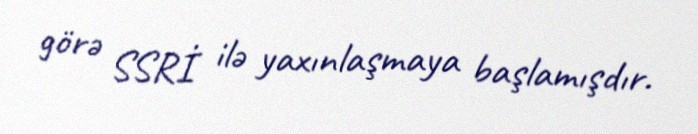
görə SSRİ ilə yaxınlaşmaya başlamışdır.